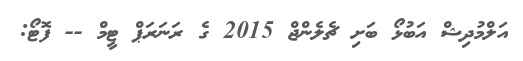
އަލްމުދިޝް އަބުޅޯ ބަށި ޗެލެންޖް 2015 ގެ ރަނަރަޕް ޓީމް -- ފޮޓޯ: